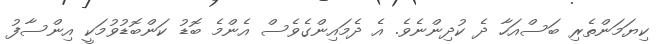
ކިޔަމަންތެރި ބަސްއަހާ ދެ ކުދިންނެވެ. އެ ދެމައިންގެވެސް އެންމެ ބޮޑު ކަންބޮޑުވުމަކީ އިންސާފު